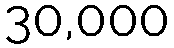
30,000